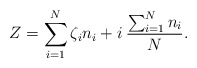
\begin{align*}Z=\sum_{i=1}^N \zeta_in_i +i \: \frac{\sum_{i=1}^N n_i}{N}.\end{align*}